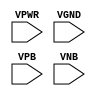
module sky130_fd_sc_ls__tap (
    VPWR,
    VGND,
    VPB ,
    VNB
);

    input VPWR;
    input VGND;
    input VPB ;
    input VNB ;
endmodule